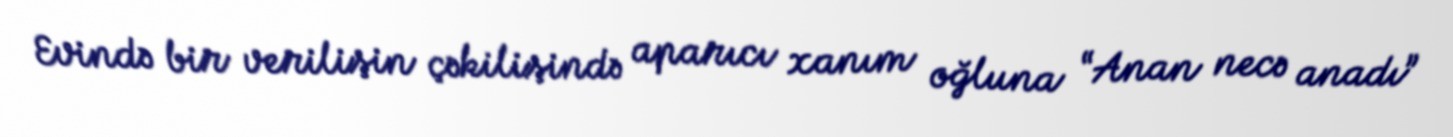
Evində bir verilişin çəkilişində aparıcı xanım oğluna “Anan necə anadı”